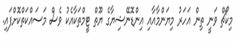
މިކޯޗް ވަނީ ތިން އަހަރު މިޔަންމާއާއި އިންޑޮނޭޝިޔާގެ ޔޫތް ޓީމްތަކާއެކު ވެސް މަސައްކަތްކޮށްފައި.